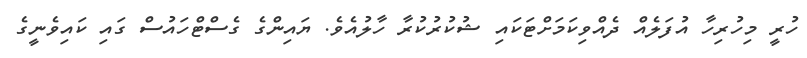
ހުރީ މިހުރިހާ އުފަލެއް ދެއްވިކަމަށްޓަކައި ޝުކުރުކުރާ ހާލުއެވެ. ޔައިންގެ ގެސްޓްހައުސް ގައި ކައިވެނީގެ